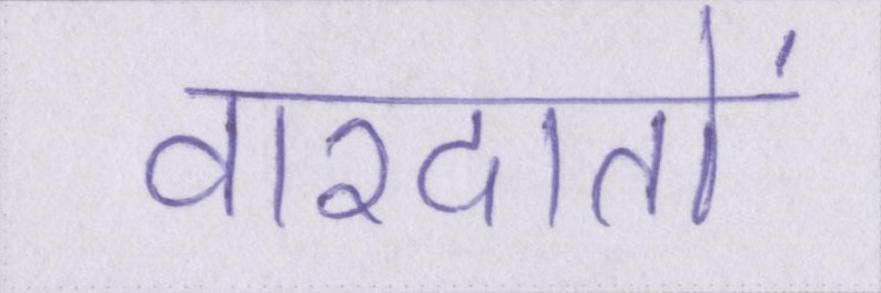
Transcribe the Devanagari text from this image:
वारदातों